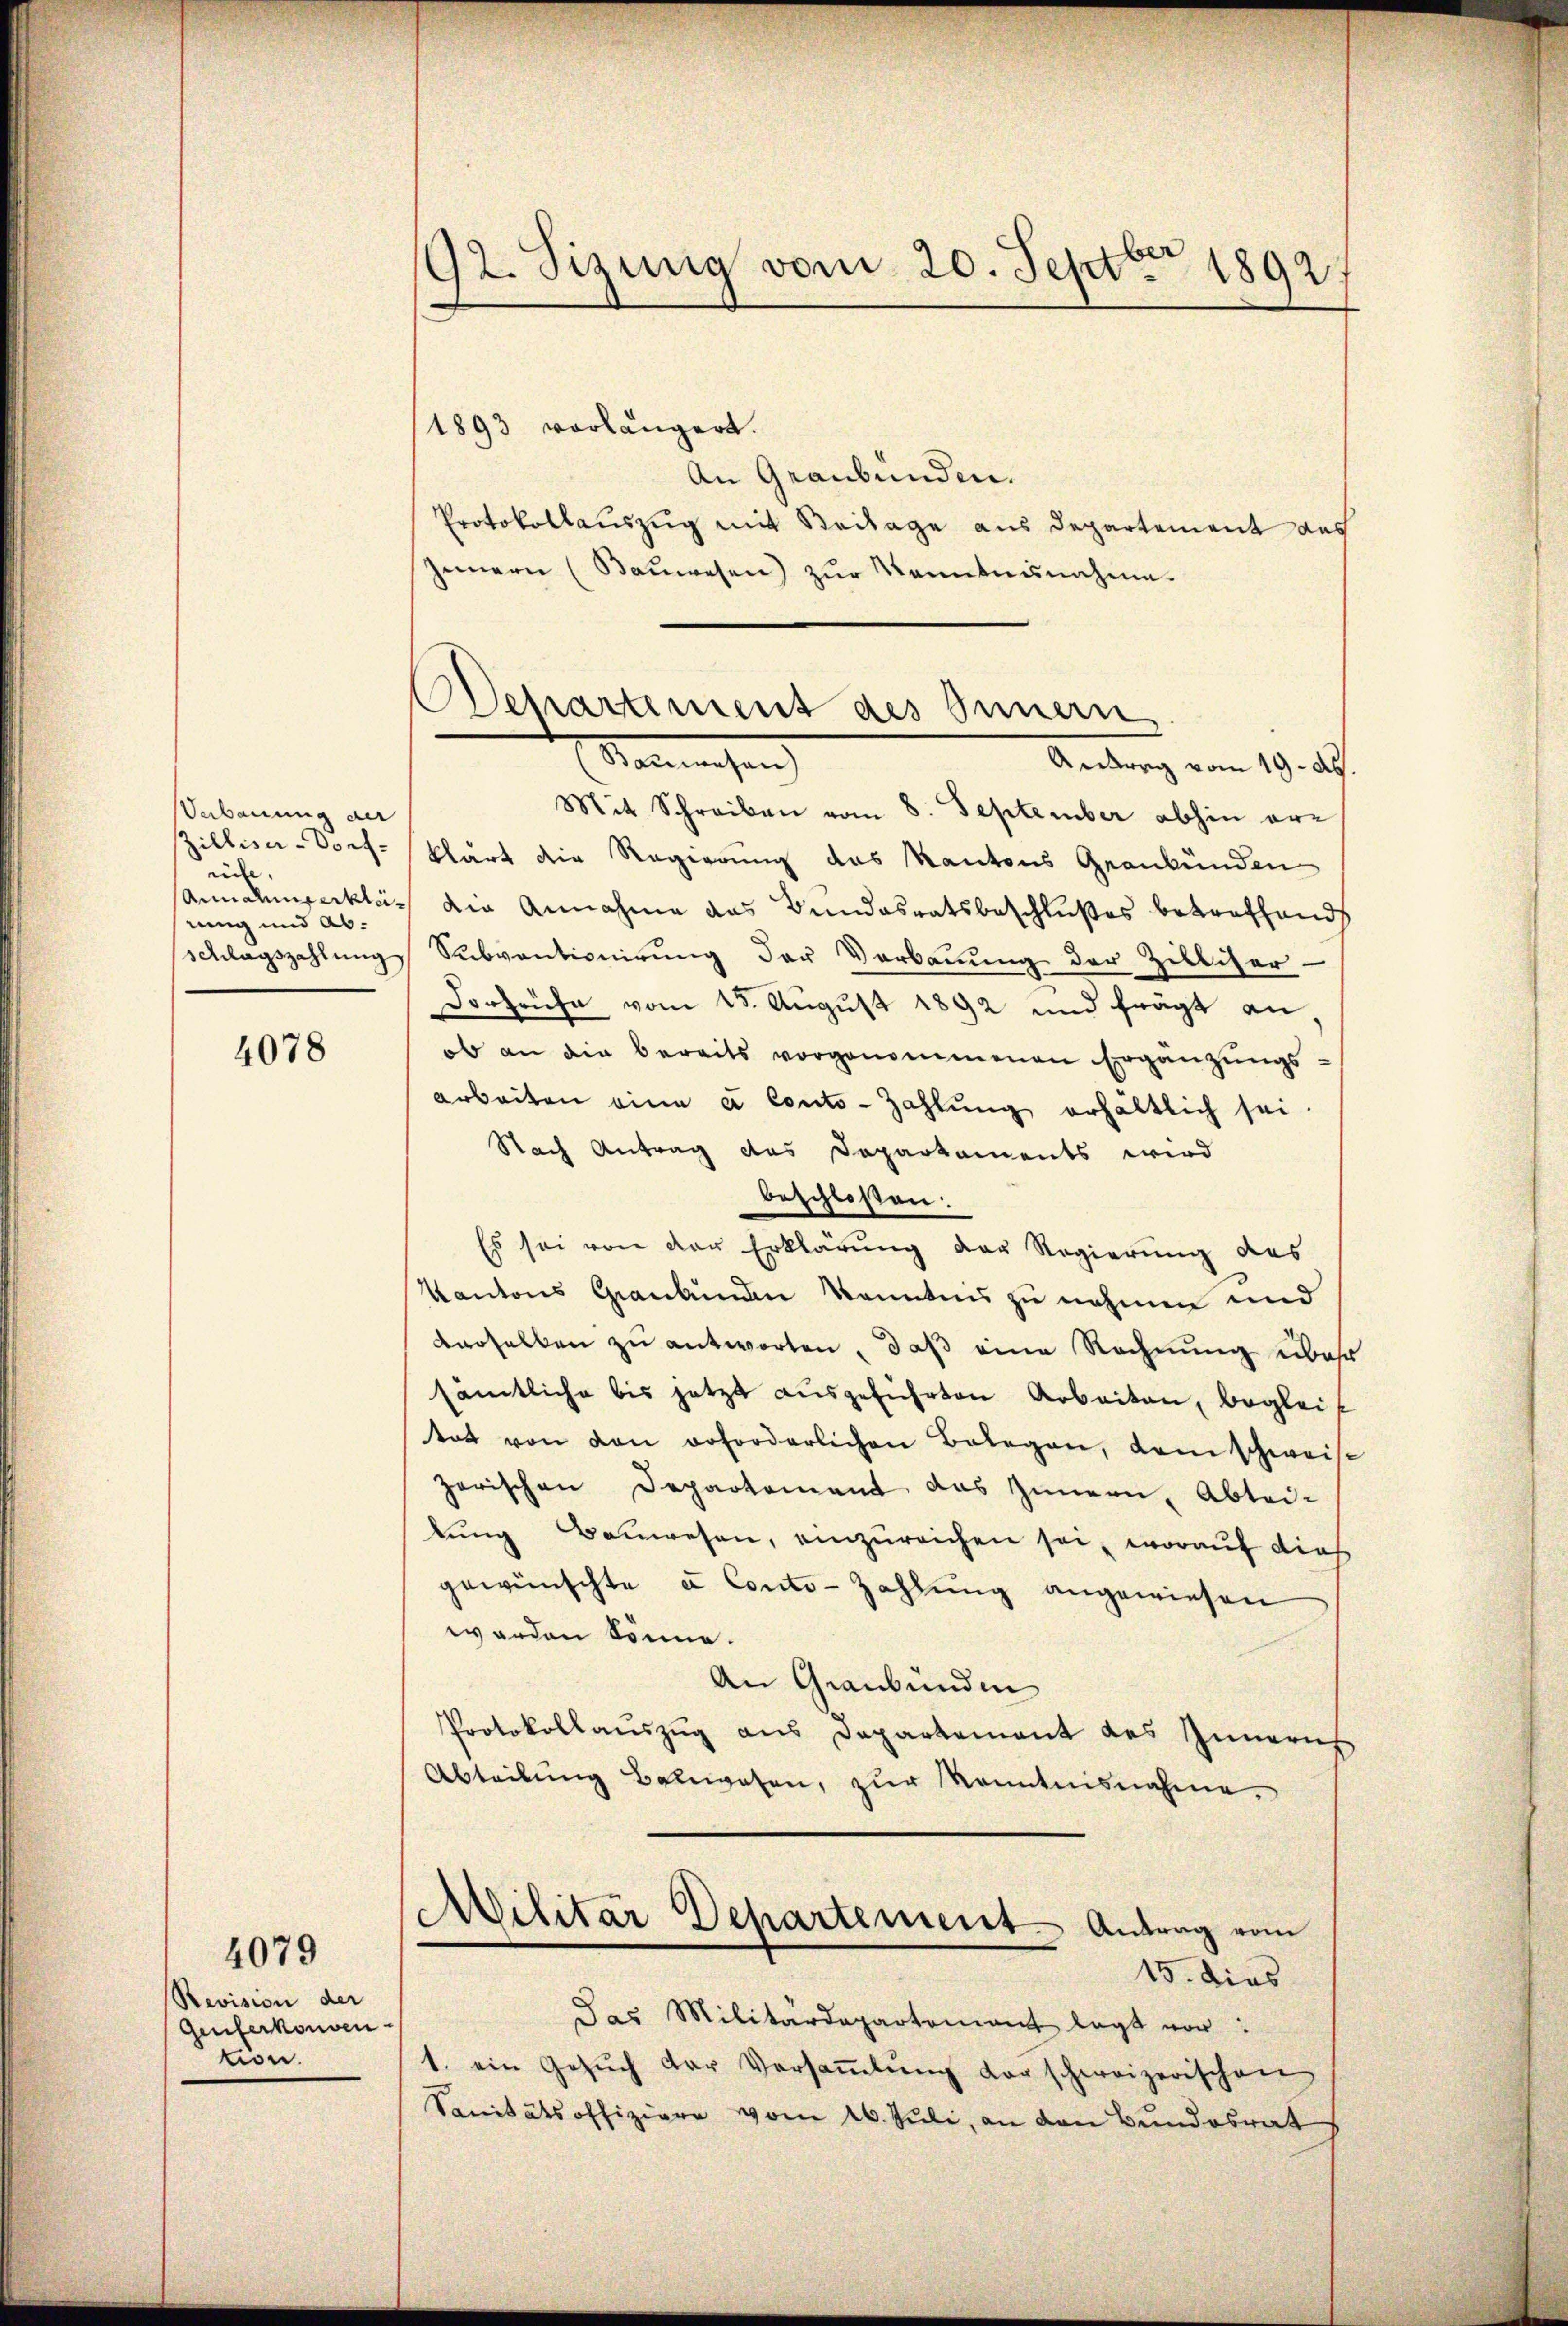
Verbauung der
Zilliser-Dorf-
rise,
rung und Abchlagszahlung

4078

Revision der
Genferkonven
tion.

4079

92. Sizung vom 20. Septbr 1892.

Departement des Innern
Sonnaisen
Ankweg vom 19. Ap

1893 vorlängert.
An Graubünden.
Protokollauszug mit Beilage aus Departement aus
Innern (Bauwesen) zur Kenntnisnahme.
Mit Schreiben vom 8. September abhin erklärt die Regierung das Kantons Graubünden
Annahmserklas die Annahme das Bundesratsbeschlußes betreffend
Subventionirung der Verbauung der Zilliser-
Dorfrühe vom 18. August 1892 und frägt an
ob an die bereits vorgenommenen Ergänzungs
Arbeiten eine a Conto- Zahlung erhältlich sei
Nach Antrag des Departaments wird
beschloßen:
Es sei von der Erklärung der Regierung des
Kantons Graubünden Kenntnis zu nehmen und
derselben zu antworten, daß eine Rechnung über
sämtliche bis jetzt aŭsgeführten Arbeiten, begleitas von den erforderlichen Belegen, dem schweise
zerischen Departement das Zimmen, Abtei-
lŭng Baŭwesen, einzŭreichen sei, worauf dies
gewünschte a Conto- Zahlung angewiesen
worden könne.
An Graubünden
Protokollauszug aus Departement des Innern
Abteilŭng Bauwesen, zŭr Kenntnisnahme,
Militar Departement Antrag vom
15. dies
Das Militärdepartenant legt vor:
1. ein Gesŭch der Versaṁlŭng der schweizerischen
Sanitätsoffiziere vom 26. Juli, an den Bundesrat